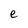
Character: e